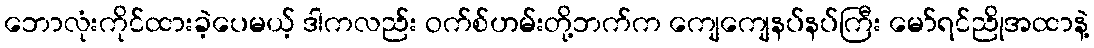
ဘောလုံးကိုင်ထားခဲ့ပေမယ့် ဒါကလည်း ဝက်စ်ဟမ်းတို့ဘက်က ကျေကျေနပ်နပ်ကြီး မော်ရင်ညိုအထာနဲ့